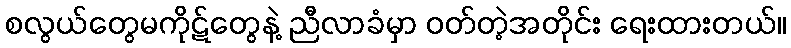
စလွယ်တွေမကိုဋ်တွေနဲ့ ညီလာခံမှာ ဝတ်တဲ့အတိုင်း ရေးထားတယ်။